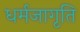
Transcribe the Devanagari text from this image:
धर्मजागृति